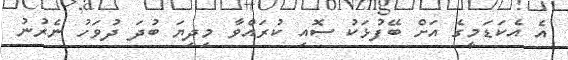
އެ އެކަޑަމީގެ އަށް ބޭފުޅަކު ސޮއި ކުރައްވާ މިދިޔަ ބުދަ ދުވަހު ނެރުނު